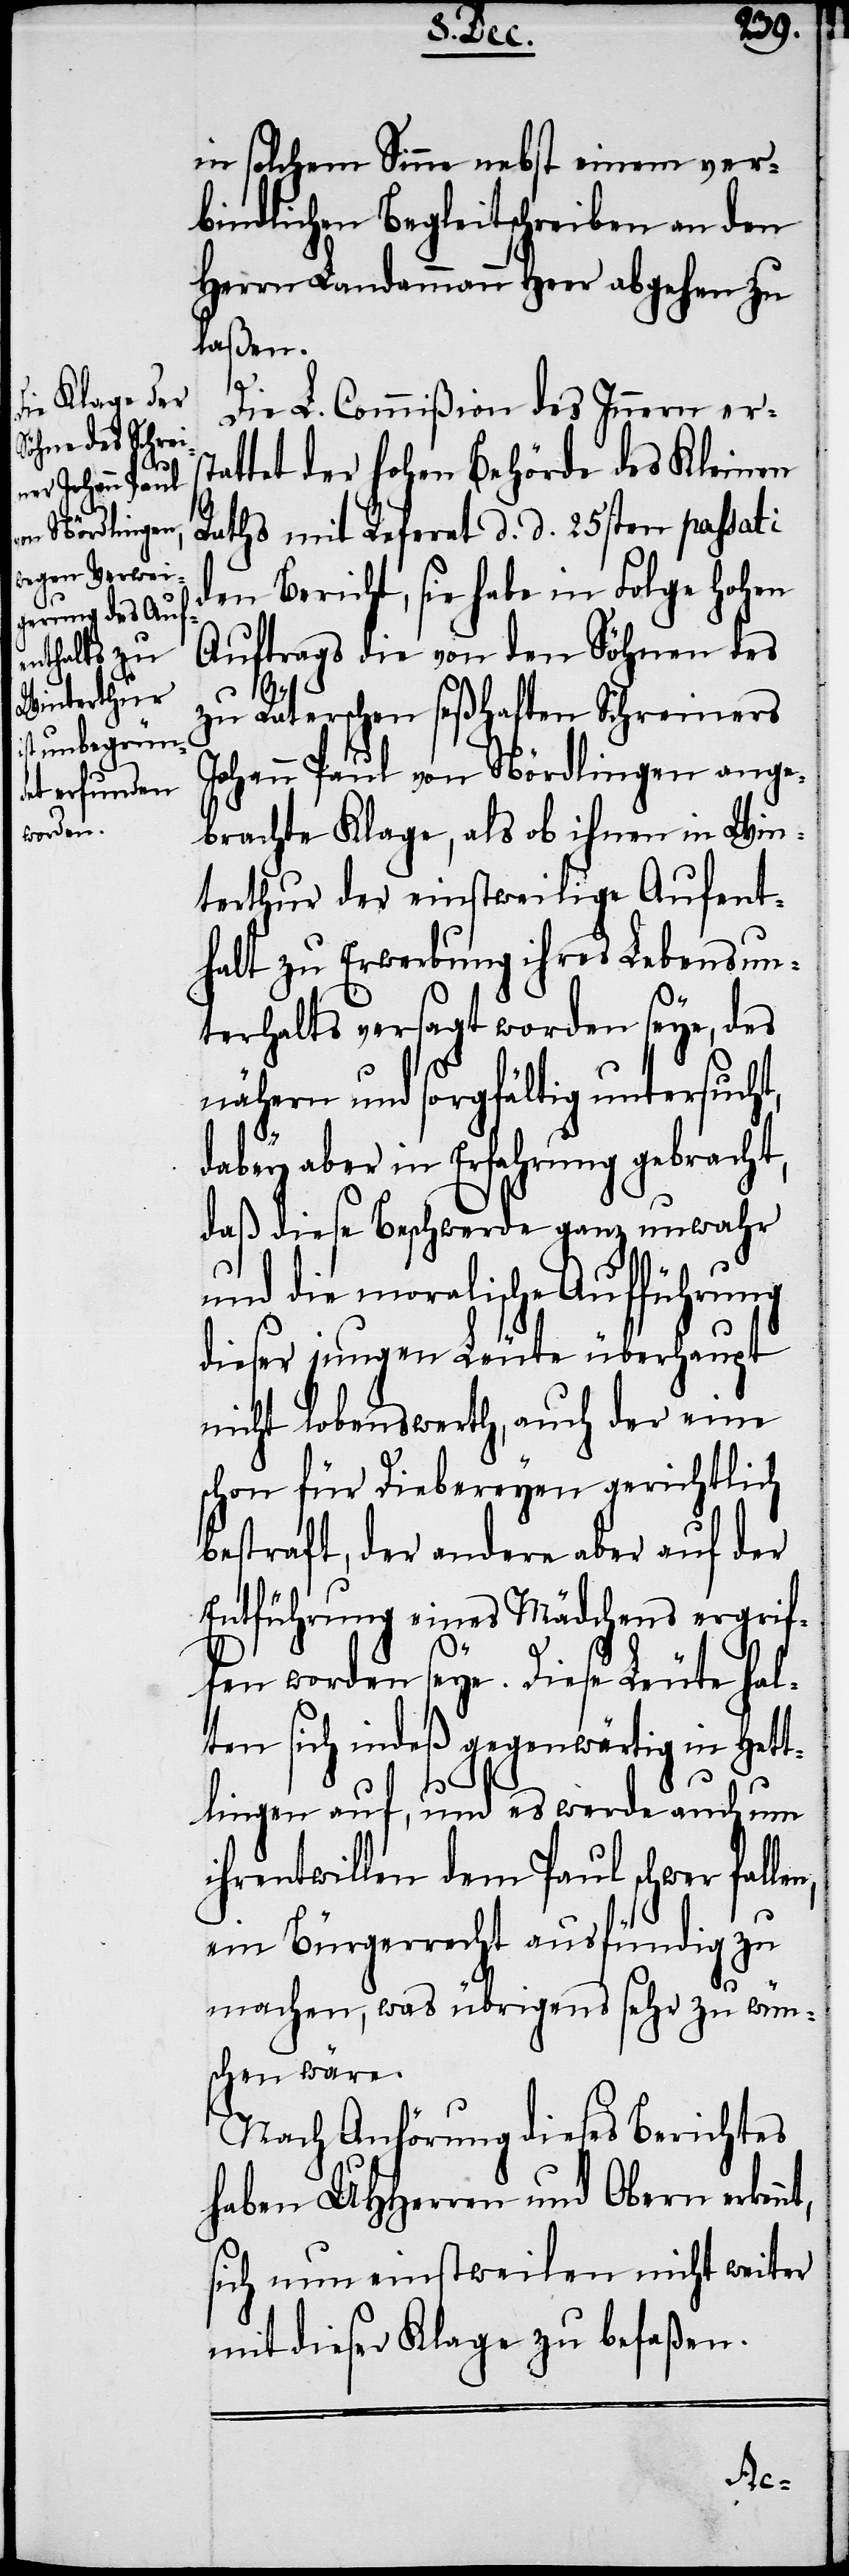
nt,

in solchem Sinne nebst einem ver¬
bindlichen Begleitschreiben an den
Herrn Landammann Heer abgehen zu
laßen.
Die L. Commißion des Innern erst¬
attet der hohen Behörde des Kleinen
Raths mit Referat d. d. 25sten passati
den Bericht, sie habe in Folge hohen
Auftrags die von den Söhnen des
zu Räterschen seßhaften Schreiners
Johann Paul von Nördlingen ange¬
brachte Klage, als ob ihnen in Win¬
terthur der einstweilige Aufent¬
halt zu Erwerbung ihres Lebensun¬
terhalts versagt worden seye, des
nähern und sorgfältig untersucht,
dabey aber in Erfahrung gebracht,
daß diese Beschwerde ganz unwahr
und die moralische Aufführung
dieser jungen Leute überhaupt
nicht lobenswert, auch der eine
schon für Diebereyen gerichtlich
bestraft, der andere aber auf der
Entführung eines Mädchens ergrif¬
fen worden seye. Diese Leute hal¬
ten sich indeß gegenwärtig in Hett¬
lingen auf, und es werde auch um
ihrentwillen dem Paul schwer falle¬
ein Bürgerrecht ausfündig zu
machen, was übrigens sehr zu wün¬
schen wäre.
Nach Anhörung dieses Berichtes
haben UHHerren und Obern erken¬
sich nun einstweilen nicht weiter
mit dieser Klage zu befaßen.